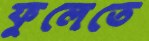
ফুলেতে